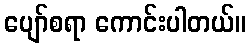
ပျော်စရာ ကောင်းပါတယ်။